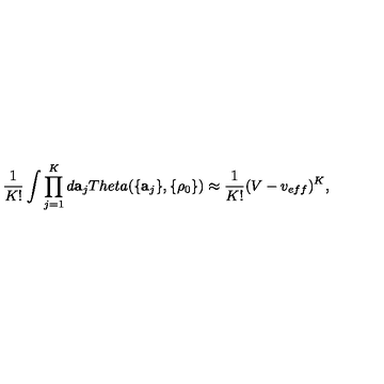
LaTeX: \frac { 1 } { K ! } \int \prod _ { j = 1 } ^ { K } d { \bf a } _ { j } T h e t a ( \{ { \bf a } _ { j } \} , \{ \rho _ { 0 } \} ) \approx \frac { 1 } { K ! } ( V - v _ { e f f } ) ^ { K } ,